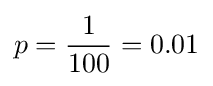
p={1 \over 100}=0.01